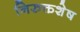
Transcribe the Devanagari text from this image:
निरुक्तशेष